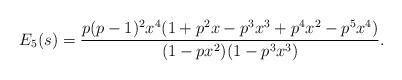
LaTeX: \begin{align*}E_5(s) = \frac{p(p-1)^2x^4(1+p^2x-p^3x^3+p^4x^2-p^5x^4)}{(1-px^2)(1-p^3x^3)}.\end{align*}